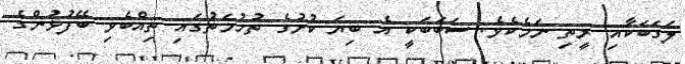
ލަގަބަކާއި ރީތި ނަމެކެވެ. ސަބަބަކީ އެ ބިޔަ ކުށުގެ ތުހުމަތުގައި ތިއްބެވި ބޭފުޅުންގެ